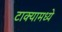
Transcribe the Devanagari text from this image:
टाक्यामध्ये